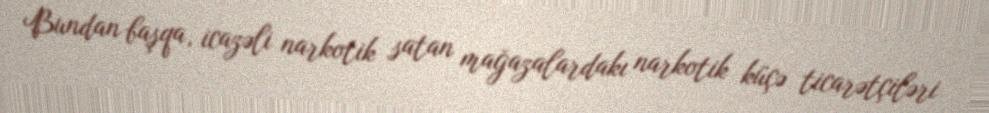
Bundan başqa, icazəli narkotik satan mağazalardakı narkotik küçə ticarətçiləri